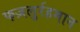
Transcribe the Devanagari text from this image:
फज़लुर्रहमान